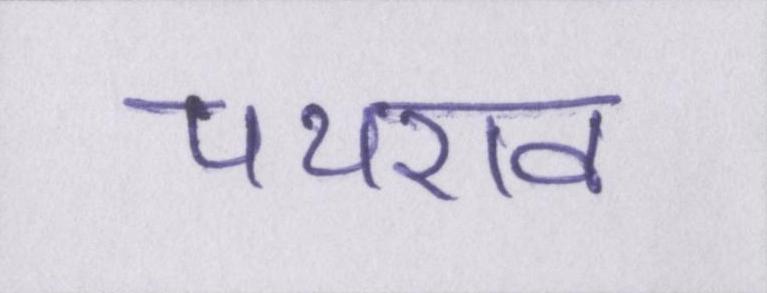
पथराव